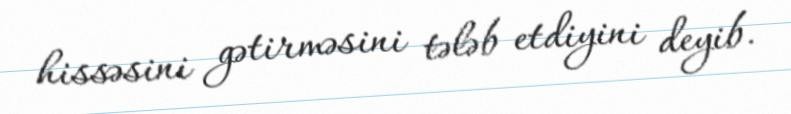
hissəsini gətirməsini tələb etdiyini deyib.